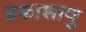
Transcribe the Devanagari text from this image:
प्रकाशाणु